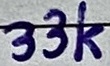
Text: 33K